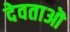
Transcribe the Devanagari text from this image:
देवताऒ